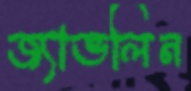
জ্যাভলিন